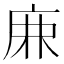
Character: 𢈘